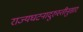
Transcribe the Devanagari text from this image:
राज्यघटनादुरुस्तीनुसार